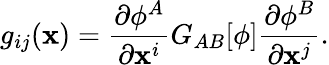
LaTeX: g_{ij}(\mathbf{x})=\frac{{\partial\phi^{A}}}{{\partial\mathbf{x}^{i}}}G_{AB}[\phi]\frac{{\partial\phi^{B}}}{{\partial\mathbf{x}^{j}}}.